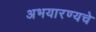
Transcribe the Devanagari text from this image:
अभयारण्यचे